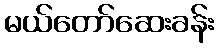
မယ်တော်ဆေးခန်း